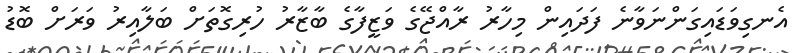
އެނގިވަޑައިގަންނަވާނެ ފަދައިން މިހާރު ރާއްޖޭގެ ވަޒީފާގެ ބާޒާރު ހުރިގޮތަށް ބަލާއިރު ވަރަށް ބޮޑު